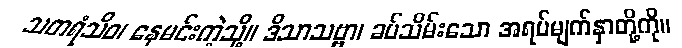
သတရံသိဝ၊ နေမင်းကဲ့သို့။ ဒိသာသဗ္ဗာ၊ ခပ်သိမ်းသော အရပ်မျက်နှာတို့ကို။